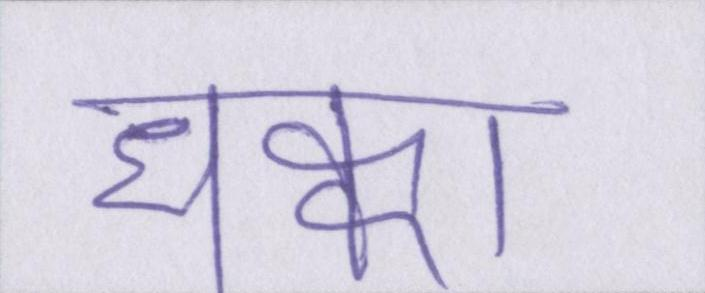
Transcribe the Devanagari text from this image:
धक्का